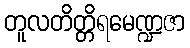
တူလတိတ္တိရမေဏ္ဍဇာ